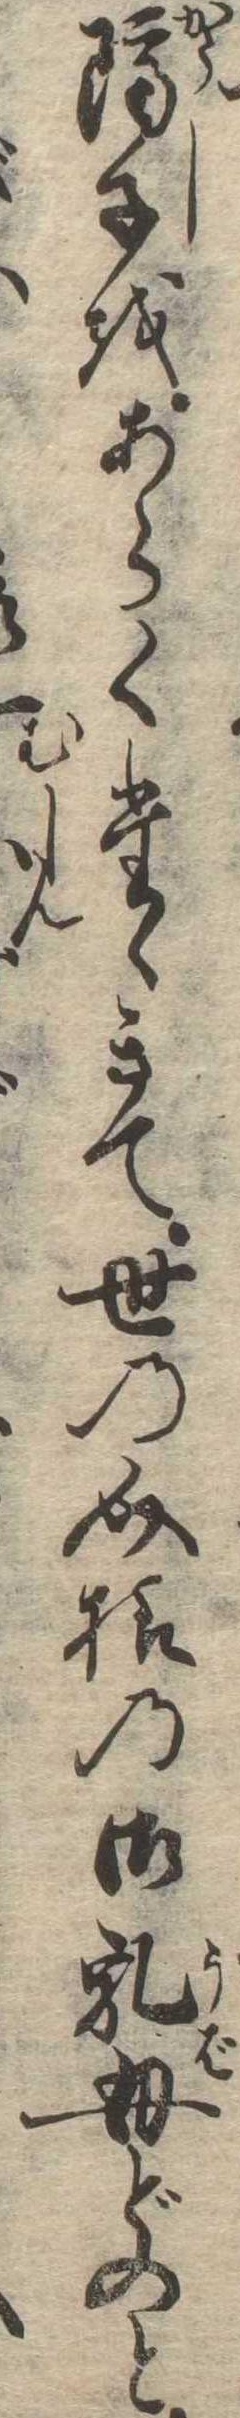
隔子をあらくたゝきて世の介様の御乳母どのと